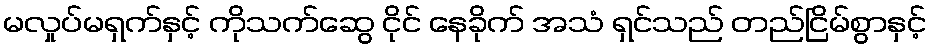
မလှုပ်မရှက်နှင့် ကိုသက်ဆွေ ငိုင် နေခိုက် အသံ ရှင်သည် တည်ငြိမ်စွာနှင့်